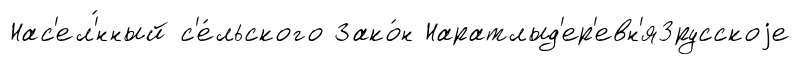
Нас'ел'́нный с'е́льского Зако́н Наратлыд'ер'евн'я3русскоjе